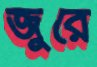
জুরে